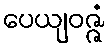
ပေယျဝဇ္ဇံ